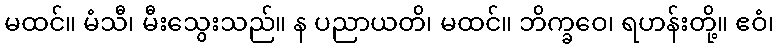
မထင်။ မံသီ၊ မီးသွေးသည်။ န ပညာယတိ၊ မထင်။ ဘိက္ခဝေ၊ ရဟန်းတို့။ ဧဝံ၊